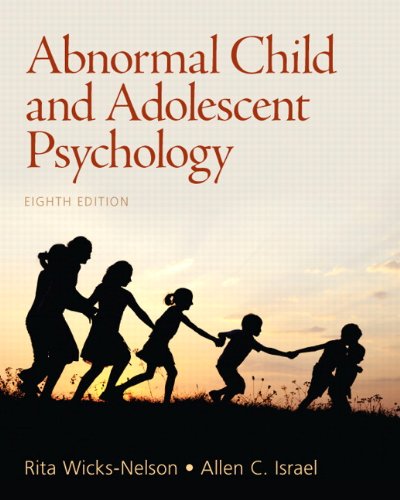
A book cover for Abnormal Child and Adolescent Psychology (8th Edition); Rita ` Wicks-Nelson; Medical Books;